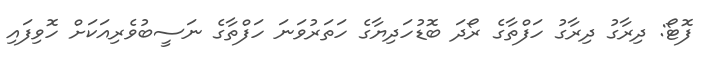
ފޮޓޯ: ދިރާގު ދިރާގު ހަފްތާގެ ރޯދަ ބޮޑުހަދިޔާގެ ހަތަރުވަނަ ހަފްތާގެ ނަސީބުވެރިއަކަށް ހޮވިފައި